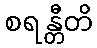
စရန္တီတိ